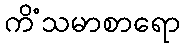
ကိံသမာစာရော